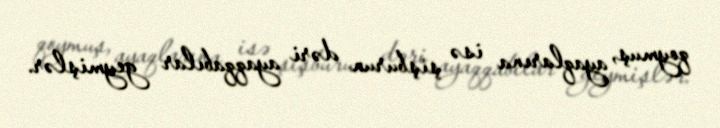
qoymuş, ayaqlarına isə şişburun dəri ayaqqabılar geymişlər.